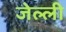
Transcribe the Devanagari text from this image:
जेल्ली